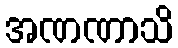
အဏဏာသိ